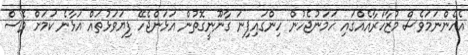
އެހެންނަމަވެސް މުޒާހަރާއެއްގައި ހަމަނުޖެހުން ހިންގައިފިނަަ ގާނޫނީގޮތުން އަޅަންޖެހޭ ފިޔަވަޅުތައް އަޅާނެ ކަމަށް ވެސް